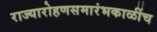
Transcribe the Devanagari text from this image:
राज्यारोहणसमारंभकाळींच